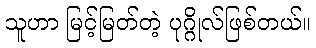
သူဟာ မြင့်မြတ်တဲ့ ပုဂ္ဂိုလ်ဖြစ်တယ်။